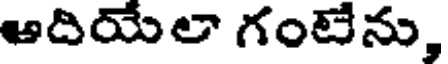
ఆదియేలా గంటేను,